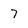
Character: 7